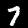
Label: 7